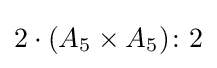
2\cdot (A_{5}\times A_{5})\colon 2